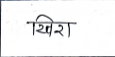
मजकूर: खिरा